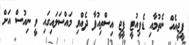
ޕީޖީއެއް ނެތުމާއި ޑެޕިއުޓީ ޕީޖީ އިސްތިއުފާ ދެއްވި މައްސަލައިގައި ވީ ނިއުސް އަށް